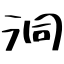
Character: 洞